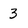
Character: 3